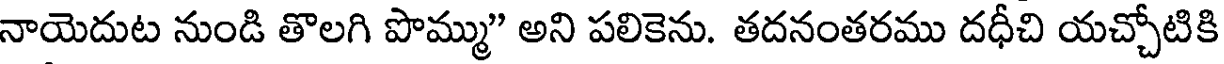
నాయెదుట నుండి తొలగి పొమ్ము" అని పలికెను. తదనంతరము దధీచి యచ్చోటికి